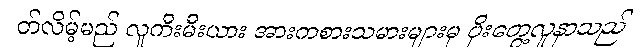
တ်လိမ့်မည် လူကီးမီးယား အားကစားသမားများမှ ပိုးတွေ့လူနာသည်